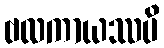
ဗလကာယဿပိ